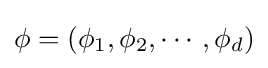
{\textstyle \phi =\left(\phi _{1},\phi _{2},\cdots ,\phi _{d}\right)}